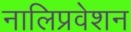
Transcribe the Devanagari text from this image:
नालिप्रवेशन